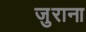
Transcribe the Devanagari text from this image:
जुराना